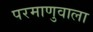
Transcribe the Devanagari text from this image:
परमाणुवाला